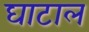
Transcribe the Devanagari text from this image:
घाटाल